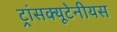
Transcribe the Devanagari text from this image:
ट्रांसक्यूटेनीयस